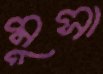
মুসা